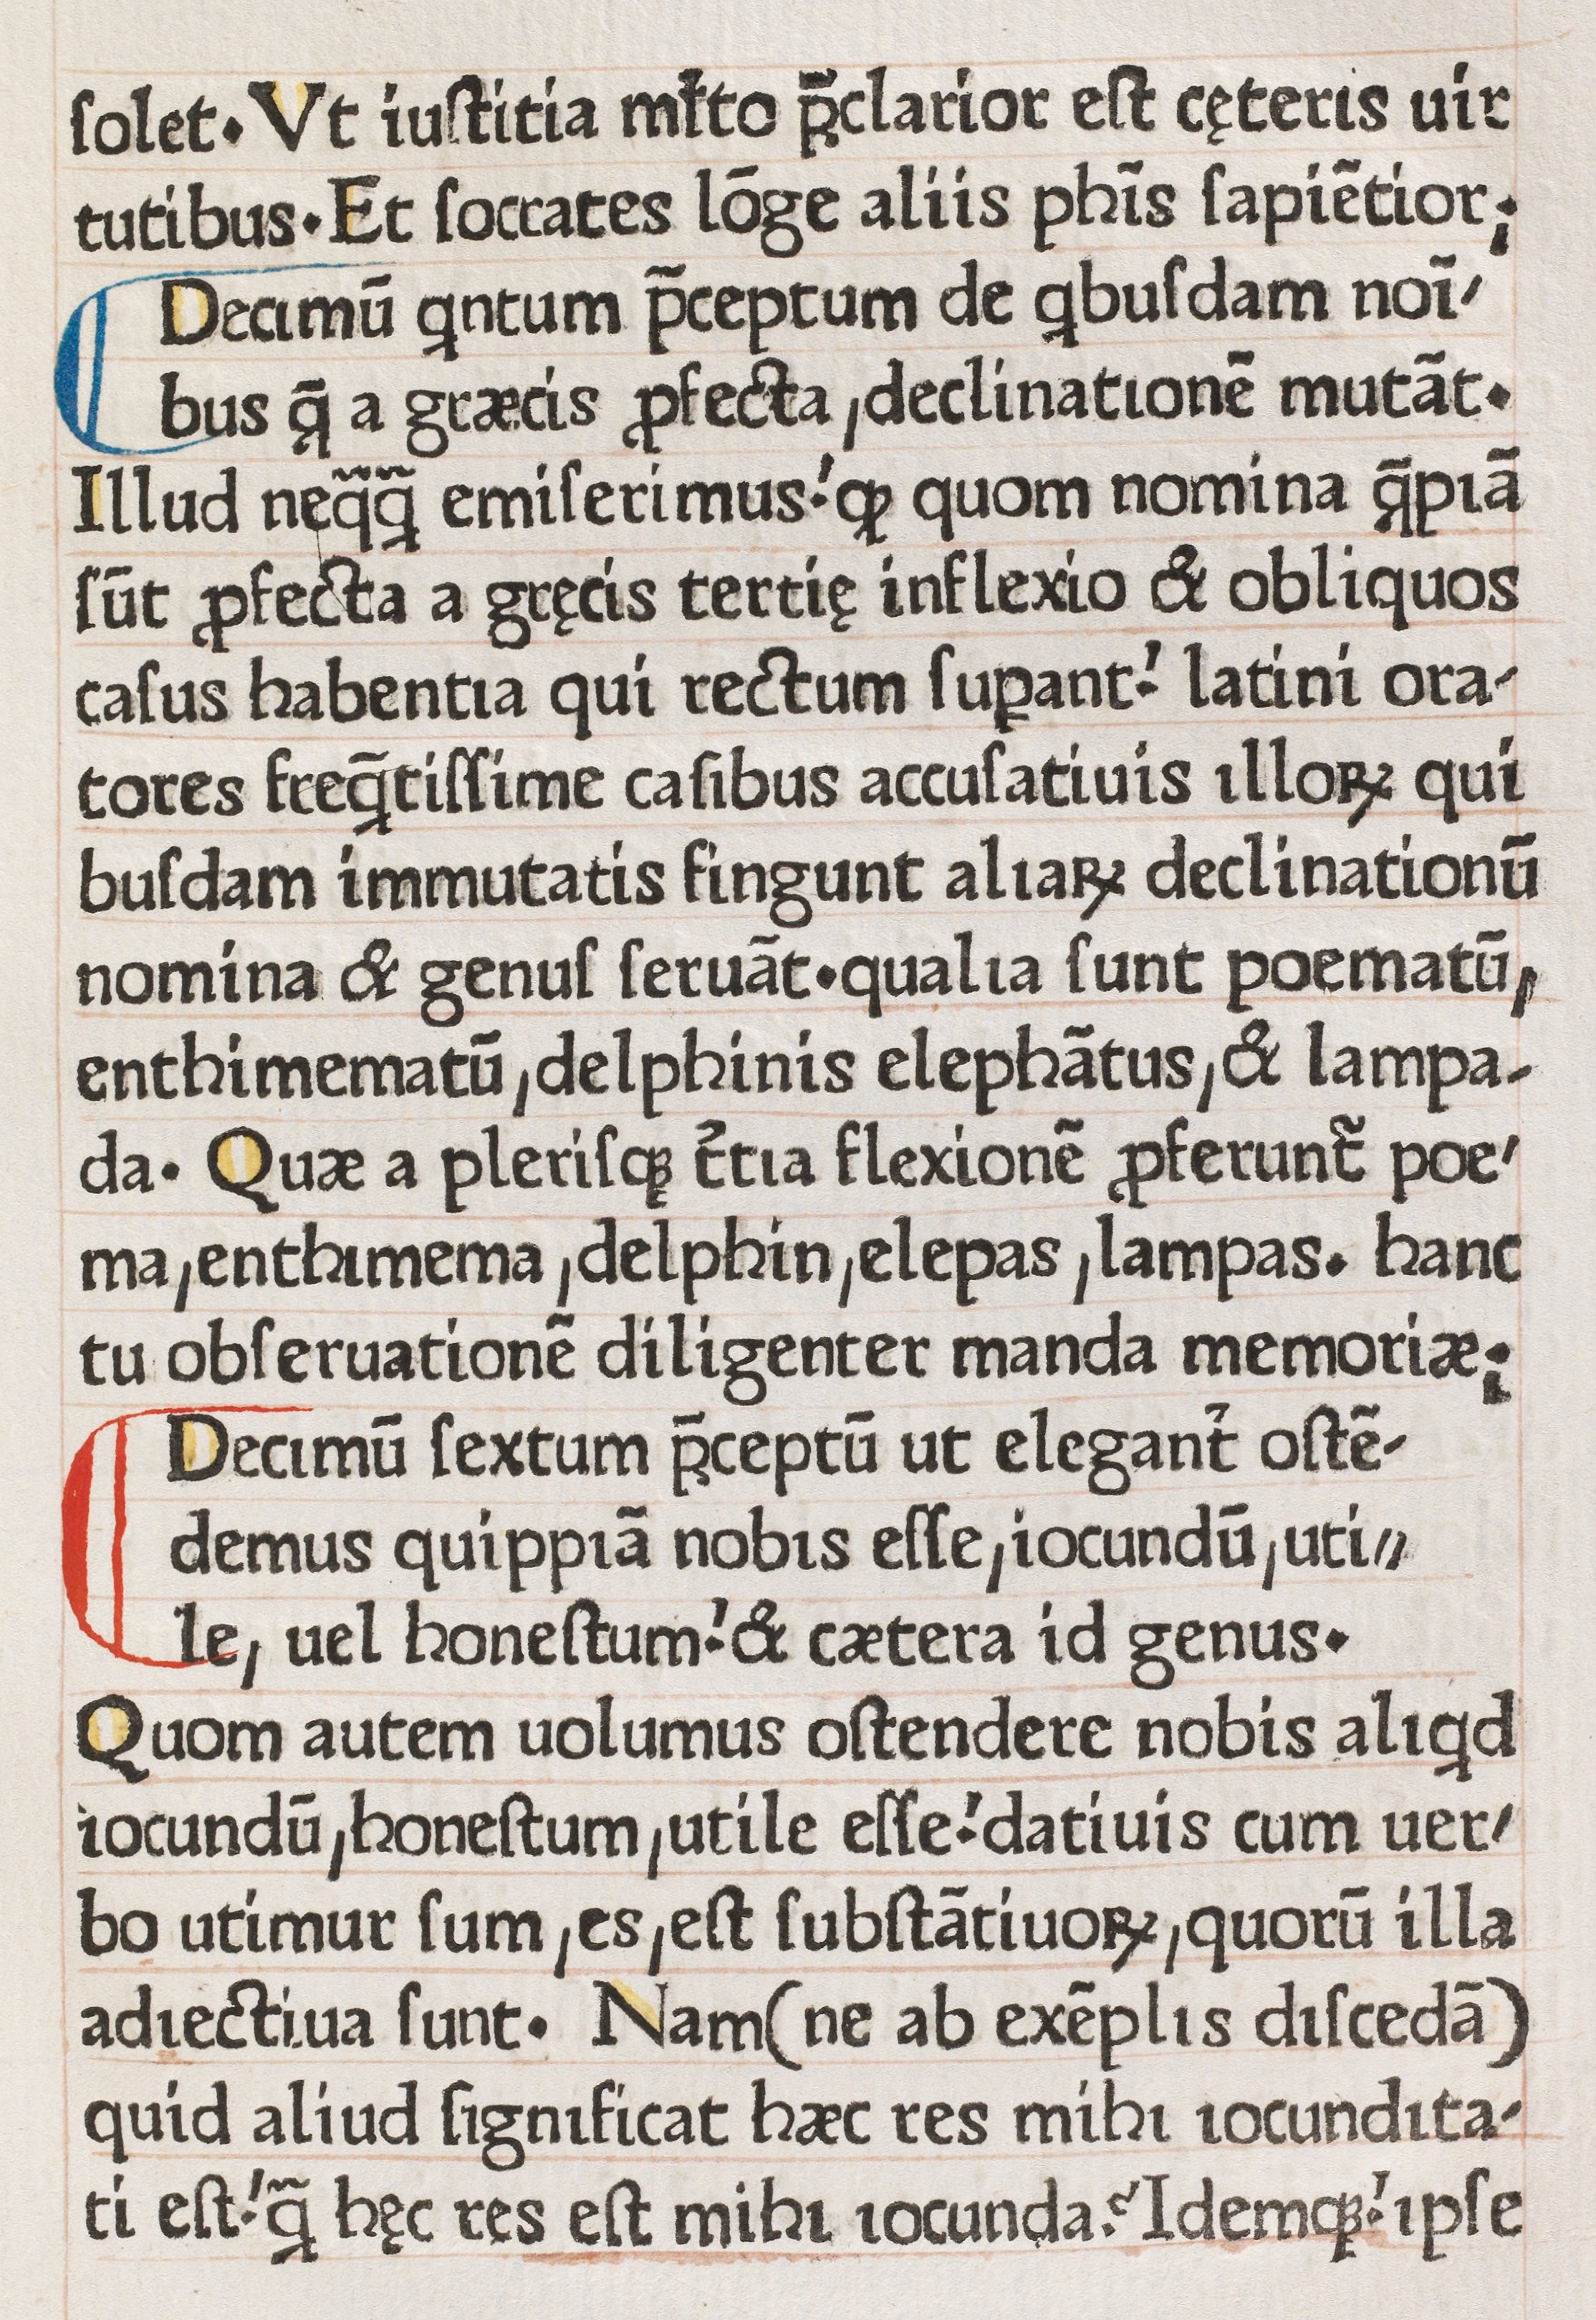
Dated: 1470–1470